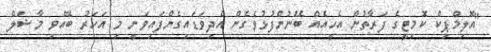
"އޮލިމްޕިކް ކޮމިޓީގެ ފަރާތުން އެހީއެއް ބޭނުންފުޅުވެގެން އެދިވަޑައިގެންފައިވަނީ މި އަހަރު ބޭއްވި މާޝަލް